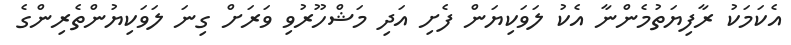
އެކަމަކު ރާފިޔަތުމެންނާ އެކު ލަވަކިޔަން ފެށި އަދި މަޝްހޫރުވި ވަރަށް ގިނަ ލަވަކިޔުންތެރިންގެ